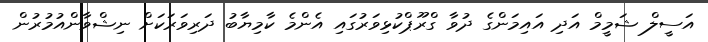
އަސީލް ޝަމީމް އަދި އައިމަންގެ ދުވާ ގްރޫޕްކުޅިވަރުގައި އެންމެ ކާމިޔާބު ދަރިވަރަކަށް ނިޝްވާންއުމުރުން